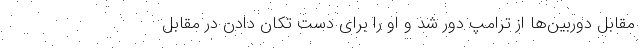
مقابل دوربین‌ها از ترامپ دور شد و او را برای دست تکان دادن در مقابل